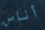
أناس